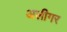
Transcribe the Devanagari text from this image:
अलीगर